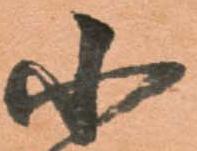
小